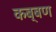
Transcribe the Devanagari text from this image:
कब्बण